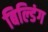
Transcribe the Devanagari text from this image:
बिल्‍डिंग